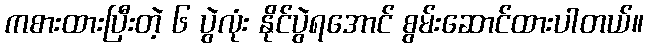
ကစားထားပြီးတဲ့ ၆ ပွဲလုံး နိုင်ပွဲရအောင် စွမ်းဆောင်ထားပါတယ်။